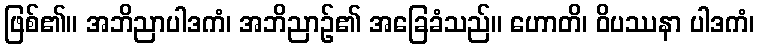
ဖြစ်၏။ အဘိညာပါဒကံ၊ အဘိညာဉ်၏ အခြေခံသည်။ ဟောတိ၊ ဝိပဿနာ ပါဒကံ၊